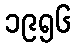
၁၉၅၆